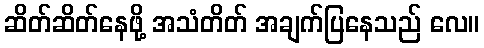
ဆိတ်ဆိတ်နေဖို့ အသံတိတ် အချက်ပြနေသည် လေ။